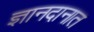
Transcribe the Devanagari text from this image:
ज्ञानदानात